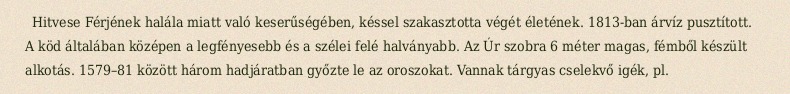
Hitvese Férjének halála miatt való keserűségében, késsel szakasztotta végét életének. 1813-ban árvíz pusztított. A köd általában középen a legfényesebb és a szélei felé halványabb. Az Úr szobra 6 méter magas, fémből készült alkotás. 1579–81 között három hadjáratban győzte le az oroszokat. Vannak tárgyas cselekvő igék, pl.